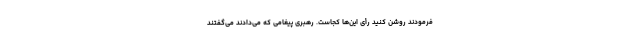
فرمودند روشن کنید رأی این‌ها کجاست. رهبری پیغامی که می‌دادند می‌گفتند